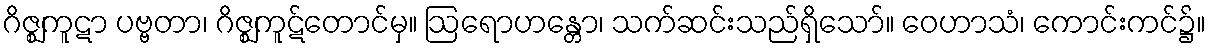
ဂိဇ္ဈကူဋာ ပဗ္ဗတာ၊ ဂိဇ္ဈကူဋ်တောင်မှ။ ဩရောဟန္တော၊ သက်ဆင်းသည်ရှိသော်။ ဝေဟာသံ၊ ကောင်းကင်၌။